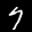
Label: 7